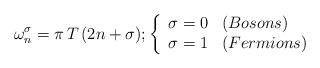
LaTeX: \begin{align*}{ \omega_n^\sigma=\pi\,T\,(2 n + \sigma)}; \left\{\begin{array}{ll}{\sigma=0} & (Bosons) \\{\sigma=1} & (Fermions)\end{array}\right.\end{align*}